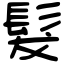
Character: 髮